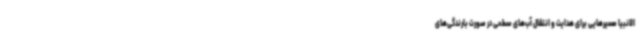
الانبیا مسیرهایی برای هدایت و انتقال آب‌های سطحی در صورت بارندگی‌های